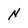
Character: N